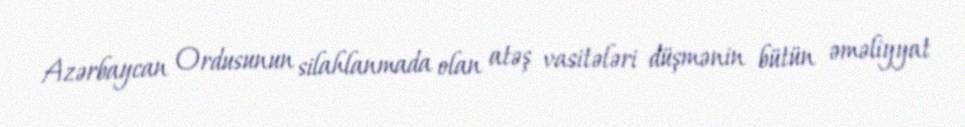
Azərbaycan Ordusunun silahlanmada olan atəş vasitələri düşmənin bütün əməliyyat